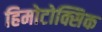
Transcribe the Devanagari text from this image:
हिमोटोक्सिक